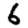
Digit: 6